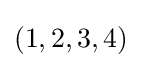
(1,2,3,4)